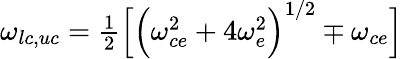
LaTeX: \omega_{lc,uc}=\textstyle{\frac{1}{2}}\Big[\Big(\omega_{ce}^{2}+4\omega_{e}^{2}\Big)^{1/2}\mp\omega_{ce}\Big]